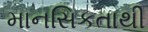
માનસિકતાથી